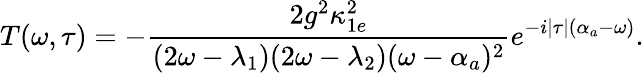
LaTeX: T(\omega,\tau)=-\frac{2g^{2}\kappa_{1e}^{2}}{(2\omega-\lambda_{1})(2\omega-\lambda_{2})(\omega-\alpha_{a})^{2}}e^{-i|\tau|(\alpha_{a}-\omega)}.